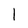
Character: 1